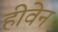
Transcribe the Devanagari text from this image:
हीवेन